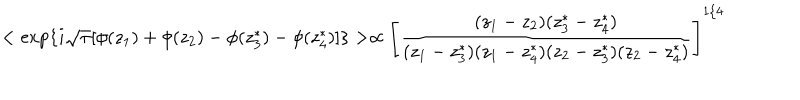
LaTeX: < \exp \{ i \sqrt { \pi } [ \phi ( z _ { 1 } ) + \phi ( z _ { 2 } ) - \phi ( z _ { 3 } ^ { * } ) - \phi ( z _ { 4 } ^ { * } ) ] \} > \propto \left[ { \frac { ( z _ { 1 } - z _ { 2 } ) ( z _ { 3 } ^ { * } - z _ { 4 } ^ { * } ) } { ( z _ { 1 } - z _ { 3 } ^ { * } ) ( z _ { 1 } - z _ { 4 } ^ { * } ) ( z _ { 2 } - z _ { 3 } ^ { * } ) ( z _ { 2 } - z _ { 4 } ^ { * } ) } } \right] ^ { 1 / 4 }